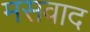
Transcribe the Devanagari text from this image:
मसवाद